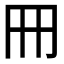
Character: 𠕁